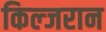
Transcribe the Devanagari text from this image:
किल्जरान